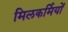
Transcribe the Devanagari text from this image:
मिलकर्मियों